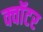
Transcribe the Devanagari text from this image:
क्वॉटर